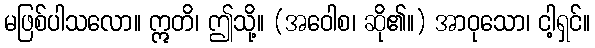
မဖြစ်ပါသလော။ ဣတိ၊ ဤသို့။ (အဝေါစ၊ ဆို၏။) အာဝုသော၊ ငါ့ရှင်။